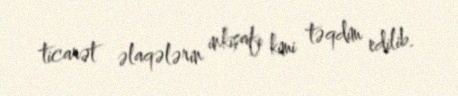
ticarət əlaqələrin inkişafı kimi təqdim edilib.